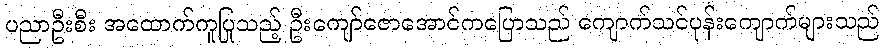
ပညာဦးစီး အထောက်ကူပြုသည့် ဦးကျော်ဇောအောင်ကပြောသည် ကျောက်သင်ပုန်းကျောက်များသည်